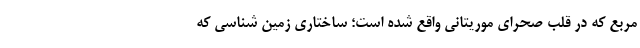
مربع که در قلب صحرای موریتانی واقع شده است؛ ساختاری زمین شناسی که